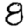
Digit: 8